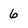
Character: 6